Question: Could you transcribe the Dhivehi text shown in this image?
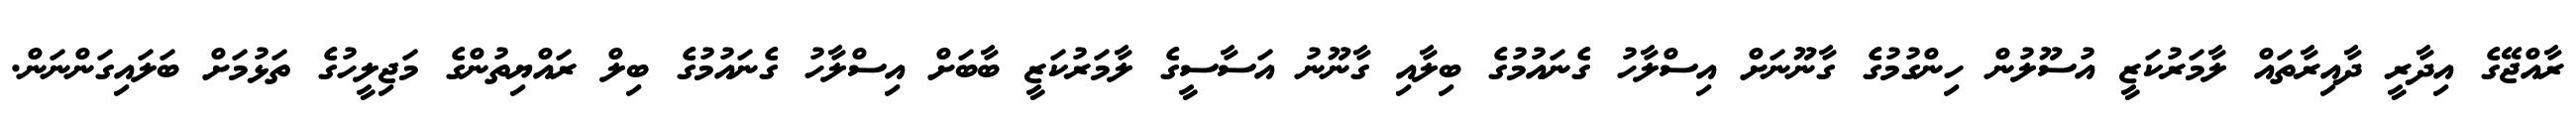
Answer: ރާއްޖޭގެ އިދާރީ ދާއިރާތައް ލާމަރުކަޒީ އުސޫލުން ހިންގުމުގެ ގާނޫނަށް އިސްލާހު ގެނައުމުގެ ބިލާއި ގާނޫނު އަސާސީގެ ލާމަރުކަޒީ ބާބަށް އިސްލާހު ގެނައުމުގެ ބިލް ރައްޔިތުންގެ މަޖިލީހުގެ ތަޅުމަށް ބަލައިގަންނަން.